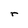
Character: r